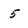
Character: 5